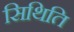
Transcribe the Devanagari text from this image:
सिथिति